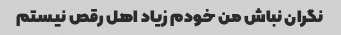
نگران نباش من خودم زیاد اهل رقص نیستم